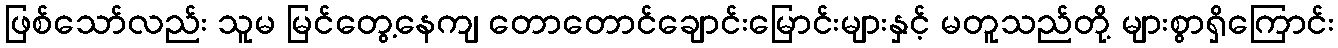
ဖြစ်သော်လည်း သူမ မြင်တွေ့နေကျ တောတောင်ချောင်းမြောင်းများနှင့် မတူသည်တို့ များစွာရှိကြောင်း